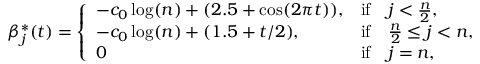
~ ~ ~ ~ ~ ~ \beta _ { j } ^ { * } ( t ) = \left\{ \begin{array} { l l } { - c _ { 0 } \log ( n ) + ( 2 . 5 + \cos ( 2 \pi t ) ) , } & { \mathrm { i f } \quad j < \frac { n } { 2 } , } \\ { - c _ { 0 } \log ( n ) + ( 1 . 5 + t / 2 ) , } & { \mathrm { i f } \quad \frac { n } { 2 } \leq j < n , } \\ { 0 } & { \mathrm { i f } \quad j = n , } \end{array} \right.